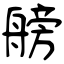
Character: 艕